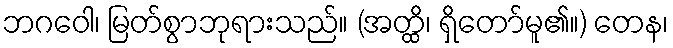
ဘဂဝေါ၊ မြတ်စွာဘုရားသည်။ (အတ္ထိ၊ ရှိတော်မူ၏။) တေန၊